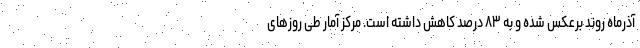
آذرماه روند برعکس شده و به ۸۳ درصد کاهش داشته است. مرکز آمار طی روزهای